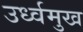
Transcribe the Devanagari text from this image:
उर्ध्वमुख